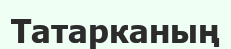
Татарканың